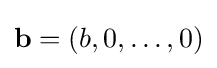
\mathbf {b} =(b,0,\dots ,0)